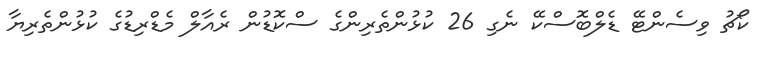
ކޯޗު ވިސެންޓޭ ޑެލްބޮސްކޭ ނެގި 26 ކުޅުންތެރިންގެ ސްކޮޑުން ރެއާލް މެޑްރިޑުގެ ކުޅުންތެރިޔާ